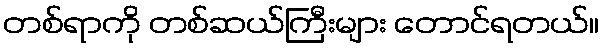
တစ်ရာကို တစ်ဆယ်ကြီးများ တောင်ရတယ်။